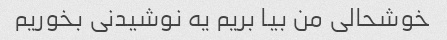
خوشحالی من بیا بریم یه نوشیدنی بخوریم